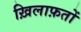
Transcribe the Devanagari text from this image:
ख़िलाफ़तों